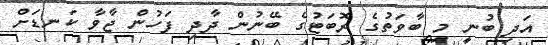
އަދި ބުނީ މި ބާވަތުގެ ރޮބަޓުގެ ބޭނުން ދާދި ފަހުން ޖާވާ ކަނޑަށް